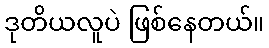
ဒုတိယလူပဲ ဖြစ်နေတယ်။